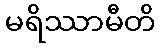
မရိဿာမီတိ